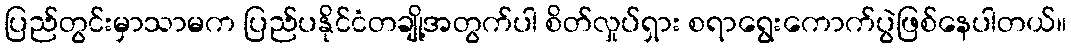
ပြည်တွင်းမှာသာမက ပြည်ပနိုင်ငံတချို့အတွက်ပါ စိတ်လှုပ်ရှား စရာရွေးကောက်ပွဲဖြစ်နေပါတယ်။